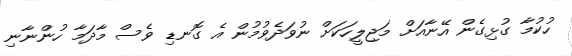
ހުކުމާ ގުޅިގެން އޭނާއަށް މަޖިލީހަކަށް ނުވަދެވުމުން އެ ގޮނޑި ވެސް މާދަމާ ހުންނާނި